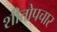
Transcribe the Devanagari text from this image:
शीतोपचार